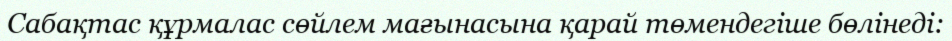
Сабақтас құрмалас сөйлем мағынасына қарай төмендегіше бөлінеді: